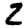
Digit: 2